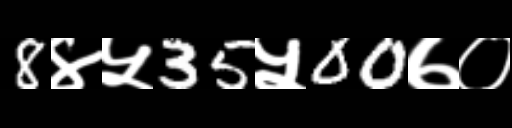
Text: 8४५35५00७०